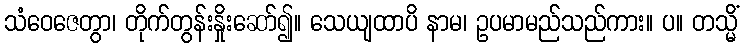
သံဝေဇေတွာ၊ တိုက်တွန်းနှိုးဆော်၍။ သေယျထာပိ နာမ၊ ဥပမာမည်သည်ကား။ ပ။ တသ္မိံ